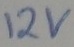
Text: 12v